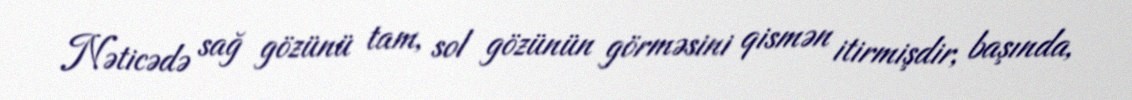
Nəticədə sağ gözünü tam, sol gözünün görməsini qismən itirmişdir, başında,